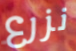
نزرع